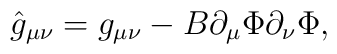
\hat{g}_{\mu\nu}=g_{\mu\nu}-B\partial_{\mu}\Phi\partial_{\nu}\Phi,